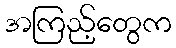
အကြည့်တွေက